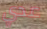
عدي